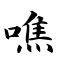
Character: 噍